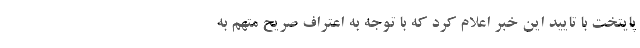
پایتخت با تایید این خبر اعلام کرد که با توجه به اعتراف صریح متهم به